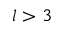
l > 3